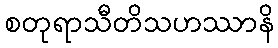
စတုရာသီတိသဟဿာနိ